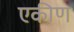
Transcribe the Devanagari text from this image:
एकीण